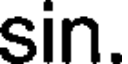
sin.